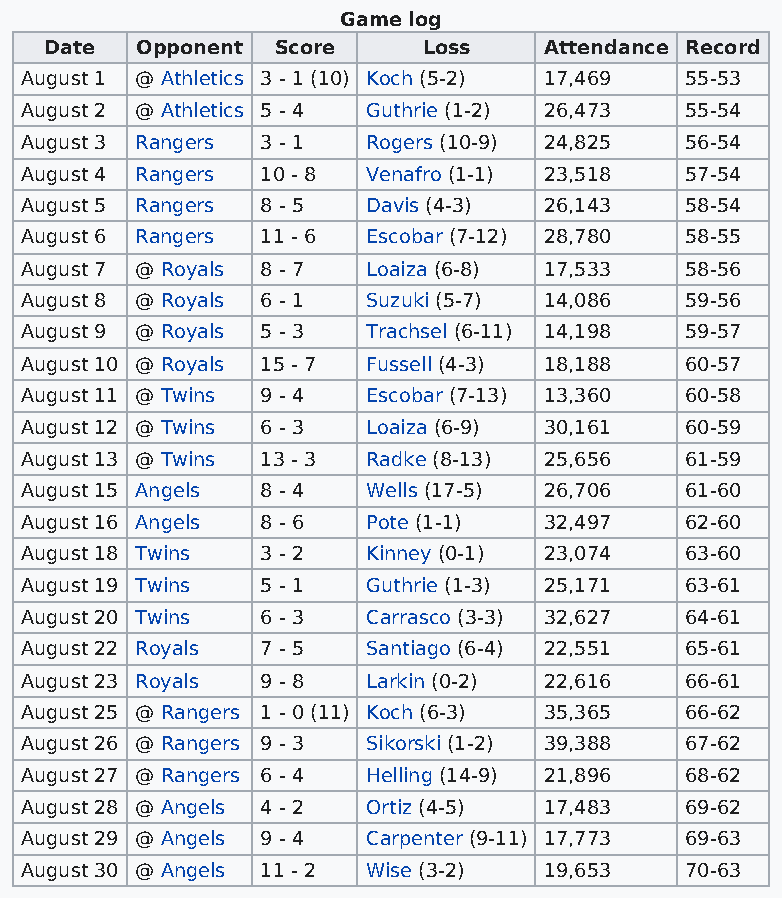
Game log
 Date  Opponent Score     Loss    Attendance Record
 August 1 @ Athletics 3 - 1 (10) Koch (5-2) 17,469 55-53
 August 2 @ Athletics 5 - 4 Guthrie (1-2) 26,473 55-54
 August 3 Rangers 3 - 1 Rogers (10-9) 24,825 56-54
 August 4 Rangers 10 - 8 Venafro (1-1) 23,518 57-54
 August 5 Rangers 8 - 5 Davis (4-3) 26,143   58-54
 August 6 Rangers 11 - 6 Escobar (7-12) 28,780 58-55
 August 7 @ Royals 8 - 7 Loaiza (6-8) 17,533 58-56
 August 8 @ Royals 6 - 1 Suzuki (5-7) 14,086 59-56
 August 9 @ Royals 5 - 3 Trachsel (6-11) 14,198 59-57
 August 10 @ Royals 15 - 7 Fussell (4-3) 18,188 60-57
 August 11 @ Twins 9 - 4 Escobar (7-13) 13,360 60-58
 August 12 @ Twins 6 - 3 Loaiza (6-9) 30,161 60-59
 August 13 @ Twins 13 - 3 Radke (8-13) 25,656 61-59
 August 15 Angels 8 - 4 Wells (17-5) 26,706  61-60
 August 16 Angels 8 - 6 Pote (1-1)  32,497   62-60
 August 18 Twins 3 - 2  Kinney (0-1) 23,074  63-60
 August 19 Twins 5 - 1  Guthrie (1-3) 25,171 63-61
 August 20 Twins 6 - 3  Carrasco (3-3) 32,627 64-61
 August 22 Royals 7 - 5 Santiago (6-4) 22,551 65-61
 August 23 Royals 9 - 8 Larkin (0-2) 22,616  66-61
 August 25 @ Rangers 1 - 0 (11) Koch (6-3) 35,365 66-62
 August 26 @ Rangers 9 - 3 Sikorski (1-2) 39,388 67-62
 August 27 @ Rangers 6 - 4 Helling (14-9) 21,896 68-62
 August 28 @ Angels 4 - 2 Ortiz (4-5) 17,483 69-62
 August 29 @ Angels 9 - 4 Carpenter (9-11) 17,773 69-63
 August 30 @ Angels 11 - 2 Wise (3-2) 19,653 70-63